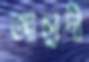
আছাদী